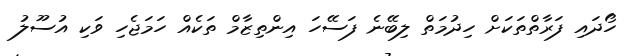
ހޯދައި ފަރާތްތަކަށް ހިދުމަތް ލިބޭނެ ފަސޭހަ އިންތިޒާމް ތަކެއް ހަމަޖެހި ވަކި އުސޫލު